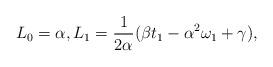
LaTeX: \begin{align*} {L}_0=\alpha,{L}_1=\frac 1{2\alpha}(\beta t_1 -\alpha^2\omega_1+\gamma),\end{align*}